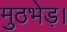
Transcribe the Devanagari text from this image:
मुठभेड़।